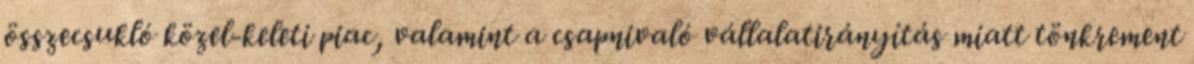
összecsukló közel-keleti piac, valamint a csapnivaló vállalatirányítás miatt tönkrement